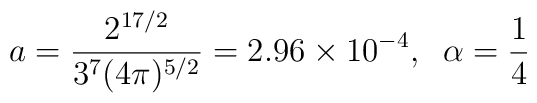
a= \frac{2^{17/2}}{3^7(4\pi )^{5/2}}= 2.96 \times 10^{-4},\;\;\alpha = \frac{1}{4}